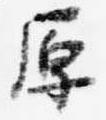
原